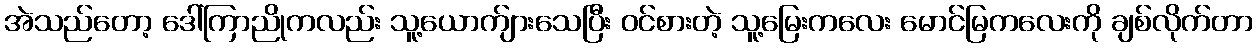
အဲသည်တော့ ဒေါ်ကြာညိုကလည်း သူ့ယောက်ျားသေပြီး ဝင်စားတဲ့ သူ့မြေးကလေး မောင်မြကလေးကို ချစ်လိုက်တာ